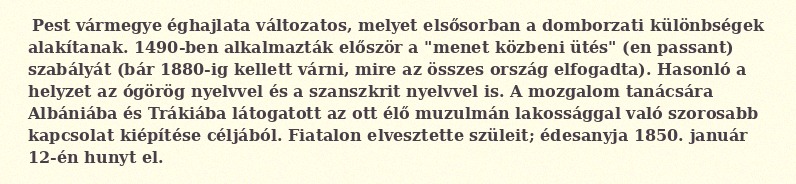
Pest vármegye éghajlata változatos, melyet elsősorban a domborzati különbségek alakítanak. 1490-ben alkalmazták először a "menet közbeni ütés" (en passant) szabályát (bár 1880-ig kellett várni, mire az összes ország elfogadta). Hasonló a helyzet az ógörög nyelvvel és a szanszkrit nyelvvel is. A mozgalom tanácsára Albániába és Trákiába látogatott az ott élő muzulmán lakossággal való szorosabb kapcsolat kiépítése céljából. Fiatalon elvesztette szüleit; édesanyja 1850. január 12-én hunyt el.